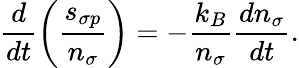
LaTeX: \frac{d}{dt}\left(\frac{s_{\sigma p}}{n_{\sigma}}\right)=-\frac{k_{B}}{n_{\sigma}}\frac{dn_{\sigma}}{dt}.